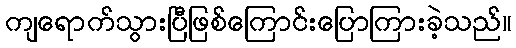
ကျရောက်သွားပြီဖြစ်ကြောင်းပြောကြားခဲ့သည်။